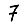
Digit: 7